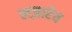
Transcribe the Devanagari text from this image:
लज़ारेव